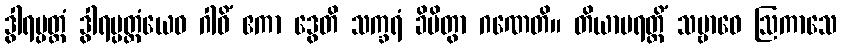
ဒွါရပ္ပတ္တံ ဒွါရပ္ပတ္တံယေဝ ဂါဝိံ ဧကာ ဒွေတိ သက္ခရံ ခိပိတွာ ဂဏေတိ။ တိယာမရတ္တိံ သမ္ဗာဓေ ဩကာသေ